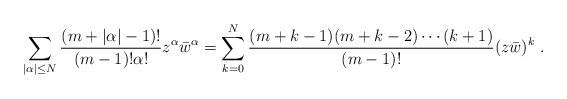
LaTeX: \begin{align*}\sum_{|\alpha|\leq N} \frac{(m+|\alpha|-1)!}{(m-1)!\alpha!} z^\alpha \bar{w}^\alpha&=\sum_{k=0}^N\frac{(m+k-1)(m+k-2)\cdots (k+1)}{(m-1)!}(z\bar{w})^k\ .\end{align*}